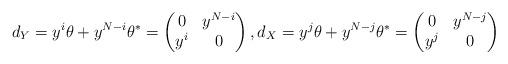
LaTeX: \begin{align*}d_Y = y^i \theta + y^{N-i} \theta^* = \begin{pmatrix} 0 & y^{N-i} \\ y^i & 0 \end{pmatrix}, d_X = y^j \theta + y^{N-j} \theta^* = \begin{pmatrix} 0 & y^{N-j}\\ y^j & 0 \end{pmatrix}\end{align*}